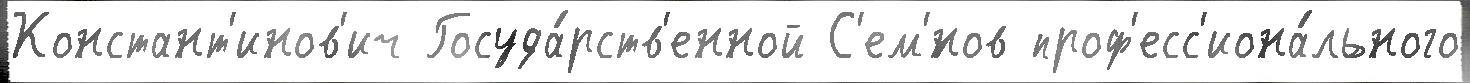
Констант'инов'ич Госуда́рств'енной С'ем'́нов проф'есс'иона́льного